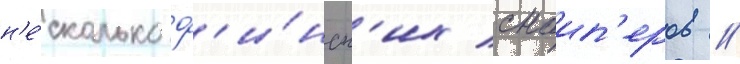
н'е́сколько ф'и́нск'их снаип'еров //